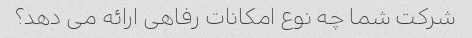
شرکت شما چه نوع امکانات رفاهی ارائه می دهد؟